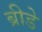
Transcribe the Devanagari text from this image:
ब्रीडे